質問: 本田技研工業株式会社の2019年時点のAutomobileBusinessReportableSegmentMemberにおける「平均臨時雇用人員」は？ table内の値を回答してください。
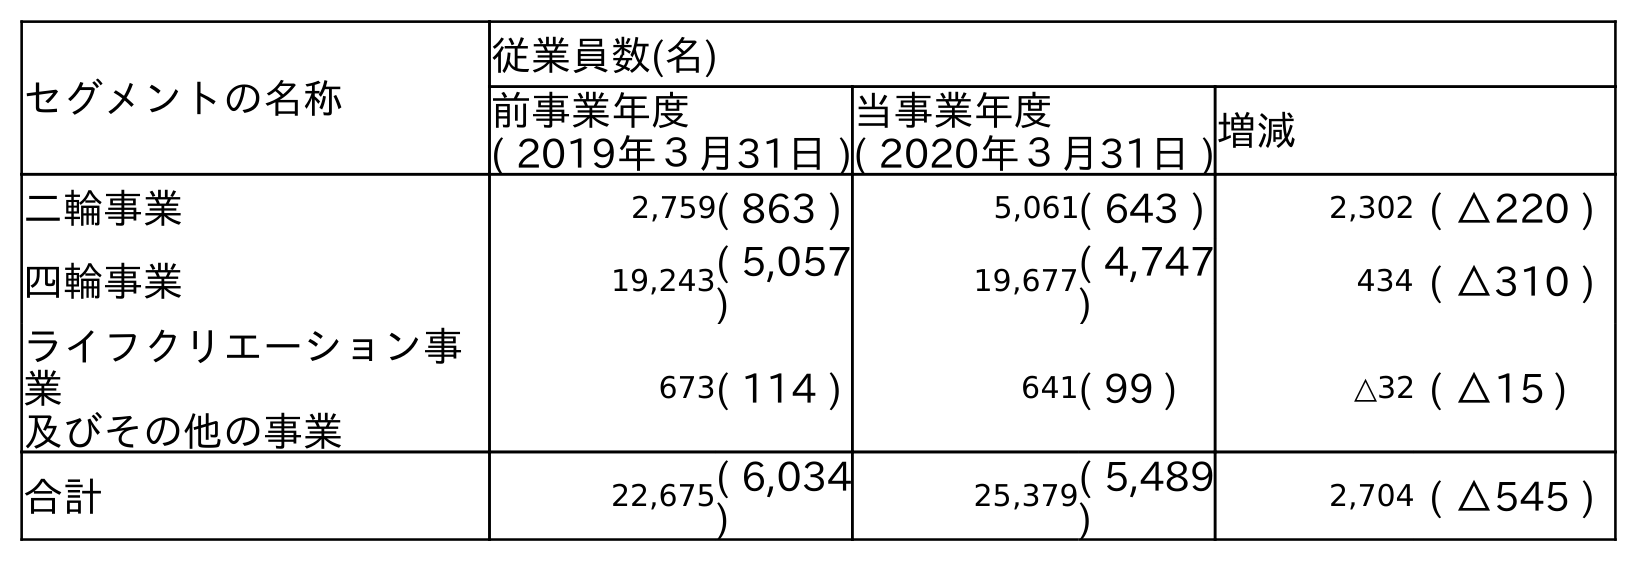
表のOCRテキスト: セグメントの名称 従業員数(名) 前事業年度 ( 2019年３月31日 ) 当事業年度 ( 2020年３月31日 )増減 二輪事業 2,759( 863 ) 5,061( 643 ) 2,302 ( △220 ) 四輪事業 19,243( 5,057 ) 19,677( 4,747 ) 434 ( △310 ) ライフクリエーション事 業 及びその他の事業 673( 114 ) 641( 99 ) △32 ( △15 ) 合計 22,675( 6,034 ) 25,379( 5,489 ) 2,704 ( △545 )
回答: (5,057)